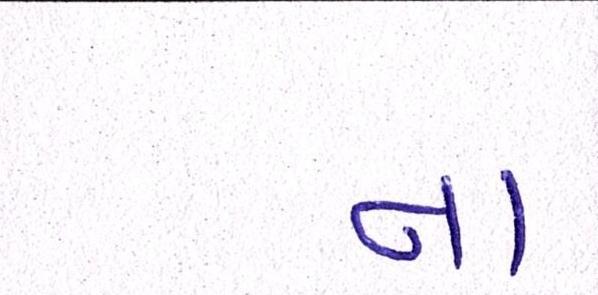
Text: ના